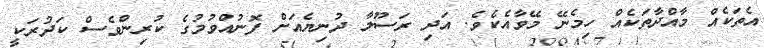
އެތަކެއް މާއްދާތަކެއް ހިމެނޭ މޭވާއެކެވެ. އަދި ރަސޫލާ ދުނިޔެއަށް ފޮނުއްވުމުގެ ކުރިންވެސް ކަދުރަކީ